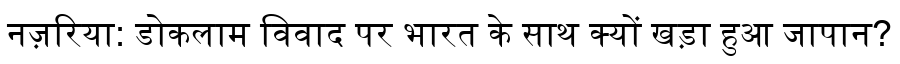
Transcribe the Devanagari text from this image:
नज़रिया: डोकलाम विवाद पर भारत के साथ क्यों खड़ा हुआ जापान?